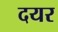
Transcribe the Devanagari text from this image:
दयर